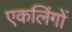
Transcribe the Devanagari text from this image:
एकलिंगों